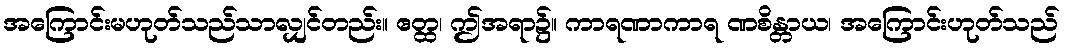
အကြောင်းမဟုတ်သည်သာလျှင်တည်း။ ဧတ္ထ၊ ဤအရာ၌။ ကာရဏာကာရ ဏစိန္တာယ၊ အကြောင်းဟုတ်သည်